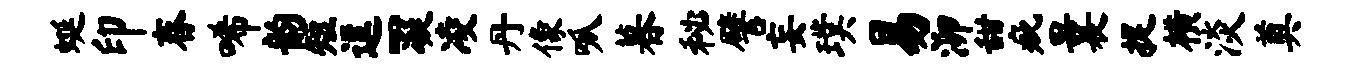
蜒印舂唏韵短逗-凝凌丹像呱暮秘譬妄璞易泖甜疵曩捉横淡奠